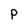
Character: p